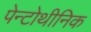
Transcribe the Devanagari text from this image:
पेन्टोथीनिक